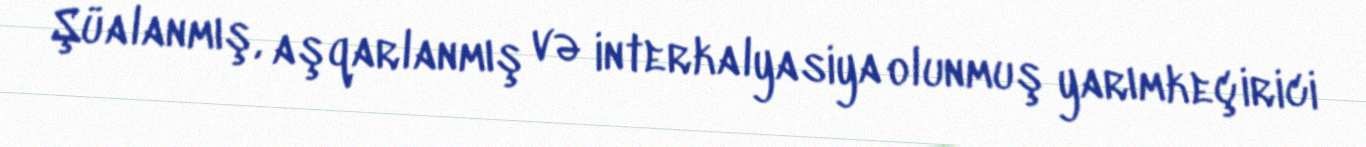
Şüalanmış, aşqarlanmış və interkalyasiya olunmuş yarımkeçirici